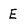
Character: E